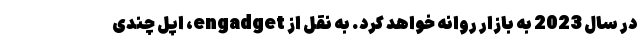
در سال 2023 به بازار روانه خواهد کرد. به نقل از engadget، اپل چندی